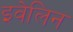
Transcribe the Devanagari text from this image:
इवेलिन